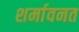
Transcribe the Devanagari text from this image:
शर्मावनत